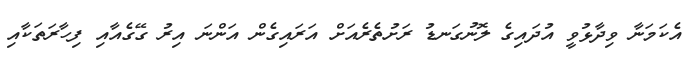
އެކަމަނާ ވިދާޅުވީ އުދައިގެ ލޮނުގަނޑު ރަށުތެރެއަށް އަރައިގެން އަންނަ އިރު ގޭގެއާއި ފިހާރަތަކާއި